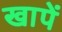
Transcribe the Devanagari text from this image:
खापें